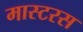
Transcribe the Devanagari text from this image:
मास्टरस